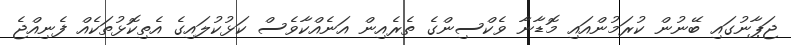
ޖަޕާނުގައި ބޭނުން ކުރަމުންއައި މޮޑާނާ ވެކްސިންގެ ތެރެއިން އަނެއްކާވެސް ކަޅުކުލައިގެ އެތިކޮޅުތަކެއް ފެނިއްޖެ